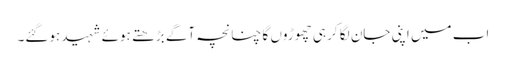
اب میں اپنی جان لگا کر ہی چھوڑوں گا چنانچہ آگے بڑھتے ہوئے شہید ہوگئے۔